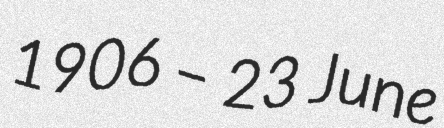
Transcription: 1906 – 23 June